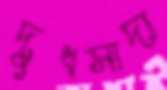
দুধসাদা